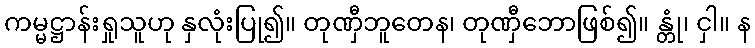
ကမ္မဋ္ဌာန်းရှုသူဟု နှလုံးပြု၍။ တုဏှီဘူတေန၊ တုဏှီဘောဖြစ်၍။ န္တုံ၊ ငှါ။ န